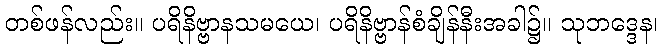
တစ်ဖန်လည်း။ ပရိနိဗ္ဗာနသမယေ၊ ပရိနိဗ္ဗာန်စံချိန်နီးအခါ၌။ သုဘဒ္ဒေန၊